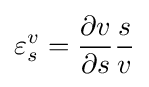
\varepsilon _{s}^{v}={\frac {\partial v}{\partial s}}{\frac {s}{v}}